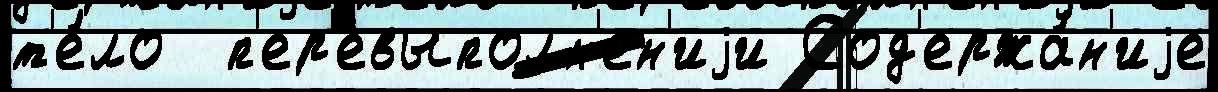
т'е́ло  п'ер'евыполн'ен'иjи Сод'ержа́н'иjе